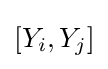
\left[Y_{i},Y_{j}\right]